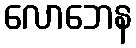
လောဘေန